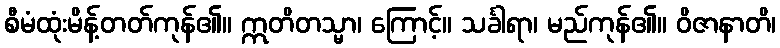
စီမံထုံးမိန့်တတ်ကုန်၏။ ဣတိတသ္မာ၊ ကြောင့်။ သင်္ခါရာ၊ မည်ကုန်၏။ ဝိဇာနာတိ၊